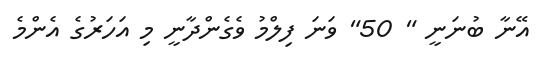
އޭނާ ބުނަނީ " 50" ވަނަ ފިލްމު ވެގެންދާނީ މި އަހަރުގެ އެންމެ